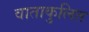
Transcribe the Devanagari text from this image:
वाताकुलित